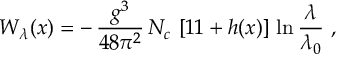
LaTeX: W _ { \lambda } ( x ) = - \, { \frac { g ^ { 3 } } { 4 8 \pi ^ { 2 } } } \, N _ { c } \, \left[ 1 1 + h ( x ) \right] \, \ln { \frac { \lambda } { \lambda _ { 0 } } } \, \, ,